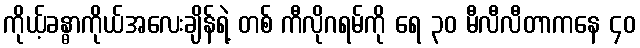
ကိုယ့်ခန္ဓာကိုယ်အလေးချိန်ရဲ့ တစ် ကီလိုဂရမ်ကို ရေ ၃၀ မီလီလီတာကနေ ၄၀